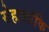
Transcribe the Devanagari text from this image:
सेहालांकि